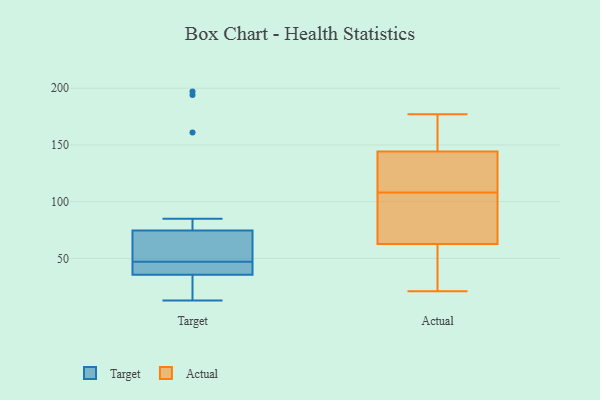
{"axis": {"x": "Website Visitors", "y": "Value"}, "legend": ["Actual", "Target"], "data": [{"x": "", "y": 85, "type": "Target"}, {"x": "", "y": 48, "type": "Target"}, {"x": "", "y": 194, "type": "Target"}, {"x": "", "y": 37, "type": "Target"}, {"x": "", "y": 31, "type": "Target"}, {"x": "", "y": 47, "type": "Target"}, {"x": "", "y": 29, "type": "Target"}, {"x": "", "y": 44, "type": "Target"}, {"x": "", "y": 197, "type": "Target"}, {"x": "", "y": 161, "type": "Target"}, {"x": "", "y": 29, "type": "Target"}, {"x": "", "y": 71, "type": "Target"}, {"x": "", "y": 13, "type": "Target"}, {"x": "", "y": 48, "type": "Target"}, {"x": "", "y": 43, "type": "Target"}, {"x": "", "y": 44, "type": "Target"}, {"x": "", "y": 69, "type": "Target"}, {"x": "", "y": 88, "type": "Actual"}, {"x": "", "y": 154, "type": "Actual"}, {"x": "", "y": 130, "type": "Actual"}, {"x": "", "y": 59, "type": "Actual"}, {"x": "", "y": 107, "type": "Actual"}, {"x": "", "y": 21, "type": "Actual"}, {"x": "", "y": 64, "type": "Actual"}, {"x": "", "y": 141, "type": "Actual"}, {"x": "", "y": 177, "type": "Actual"}, {"x": "", "y": 35, "type": "Actual"}, {"x": "", "y": 177, "type": "Actual"}, {"x": "", "y": 136, "type": "Actual"}, {"x": "", "y": 108, "type": "Actual"}]}